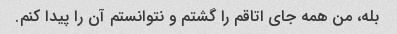
بله، من همه جای اتاقم را گشتم و نتوانستم آن را پیدا کنم.